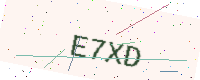
Text: E7XD